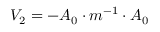
V _ { 2 } = - A _ { 0 } \cdot m ^ { - 1 } \cdot A _ { 0 }